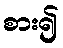
စား၍